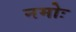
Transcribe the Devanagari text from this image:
नमोः